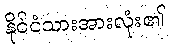
နိုင်ငံသားအားလုံး၏